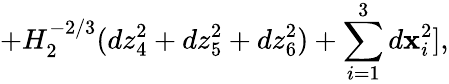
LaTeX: +H_{2}^{-2/3}(dz_{4}^{2}+dz_{5}^{2}+dz_{6}^{2})+\sum_{i=1}^{3}d\mathbf{x}_{i}^{2}],